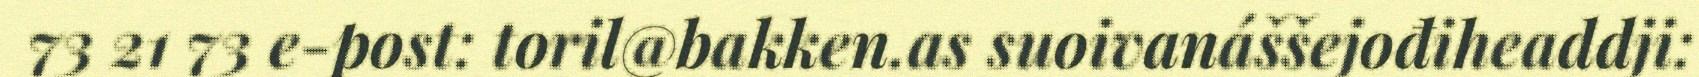
73 21 73 e-post: toril@bakken.as suoivanáššejođiheaddji: